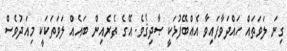
ގިނަ ލަވަތައް ހައްދަވާފައިވާ އެއްބޭފުޅަކީ ޞާދިޤެވެ. އޭގެ ތެރެއިން ބައެއް ލަވަތަކަކީ މިއަދުވެސް